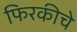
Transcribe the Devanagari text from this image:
फिरकीचे